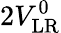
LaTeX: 2V_{\mathrm{LR}}^{0}